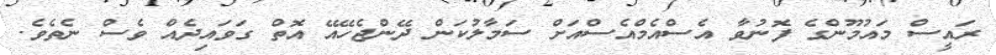
ރައީސް މައުމޫންގެ ފޮނުވާ އެސްއެމްއެސްއަށް ސަމާލުކަން ދޭންޖެހޭއޭ އޮތް ގަވައިދެއް ވެސް ނެތެވެ.